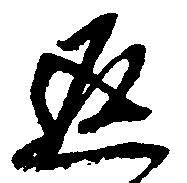
返